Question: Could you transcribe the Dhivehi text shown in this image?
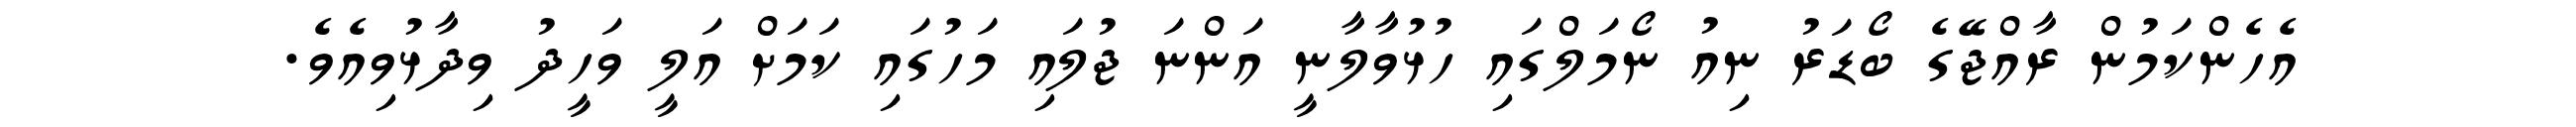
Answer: އެހެންކަމުން ރާއްޖޭގެ ބޯޑަރު ނިއު ނޯމަލްގައި ހުޅުވާލާނީ އަންނަ ޖުލައި މަހުގައި ކަމަށް އަލީ ވަހީދު ވިދާޅުވިއެވެ.